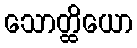
သောတ္ထိယော